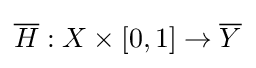
{\overline {H}}:X\times [0,1]\rightarrow {\overline {Y}}